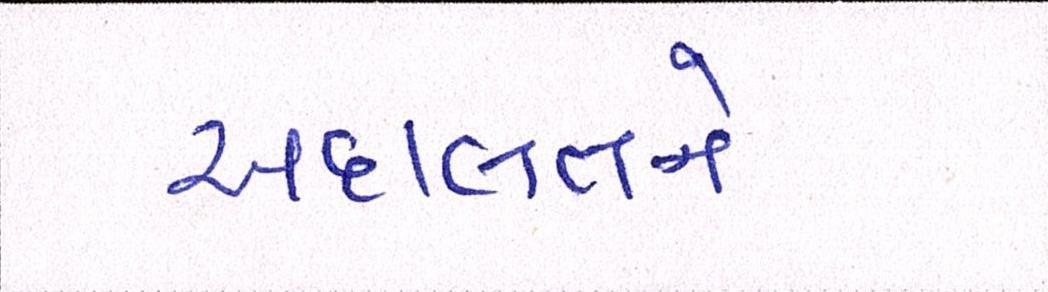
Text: અદાલતને